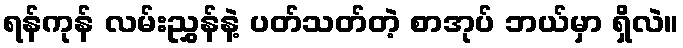
ရန်ကုန် လမ်းညွှန်နဲ့ ပတ်သတ်တဲ့ စာအုပ် ဘယ်မှာ ရှိလဲ။